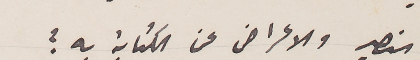
النصير والاعراض عن الكتابة به؟